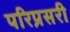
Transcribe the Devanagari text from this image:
परिप्रसरी